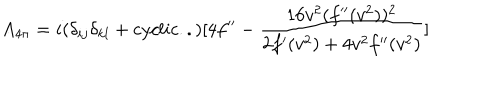
A _ { 4 \pi } = i ( \delta _ { i j } \delta _ { k l } + c y c l i c . . ) [ 4 f ^ { \prime \prime } - { \frac { 1 6 v ^ { 2 } ( f ^ { \prime \prime } ( v ^ { 2 } ) ) ^ { 2 } } { 2 f ^ { \prime } ( v ^ { 2 } ) + 4 v ^ { 2 } f ^ { \prime \prime } ( v ^ { 2 } ) } } ]